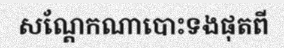
សណ្តែកណាបោះទងផុតពី